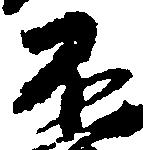
不